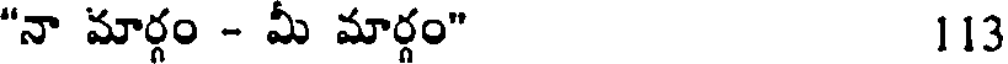
"నా మార్గం - మీ మార్గం" 113